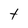
Character: t